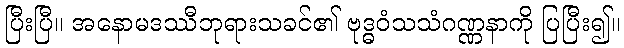
ပြီးပြီ။ အနောမဒဿီဘုရားသခင်၏ ဗုဒ္ဓဝံသသံဂဏ္ဏနာကို ပြပြီး၍။